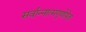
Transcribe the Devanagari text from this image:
सर्वान्नात्मगुणोपेतां